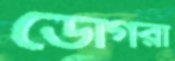
ডোগরা